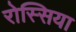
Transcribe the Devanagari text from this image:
रोस्सिया